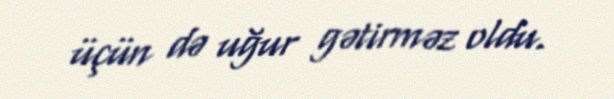
üçün də uğur gətirməz oldu.